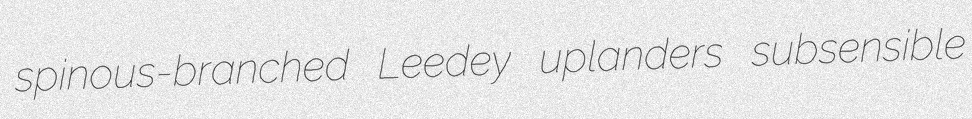
spinous-branched Leedey uplanders subsensible